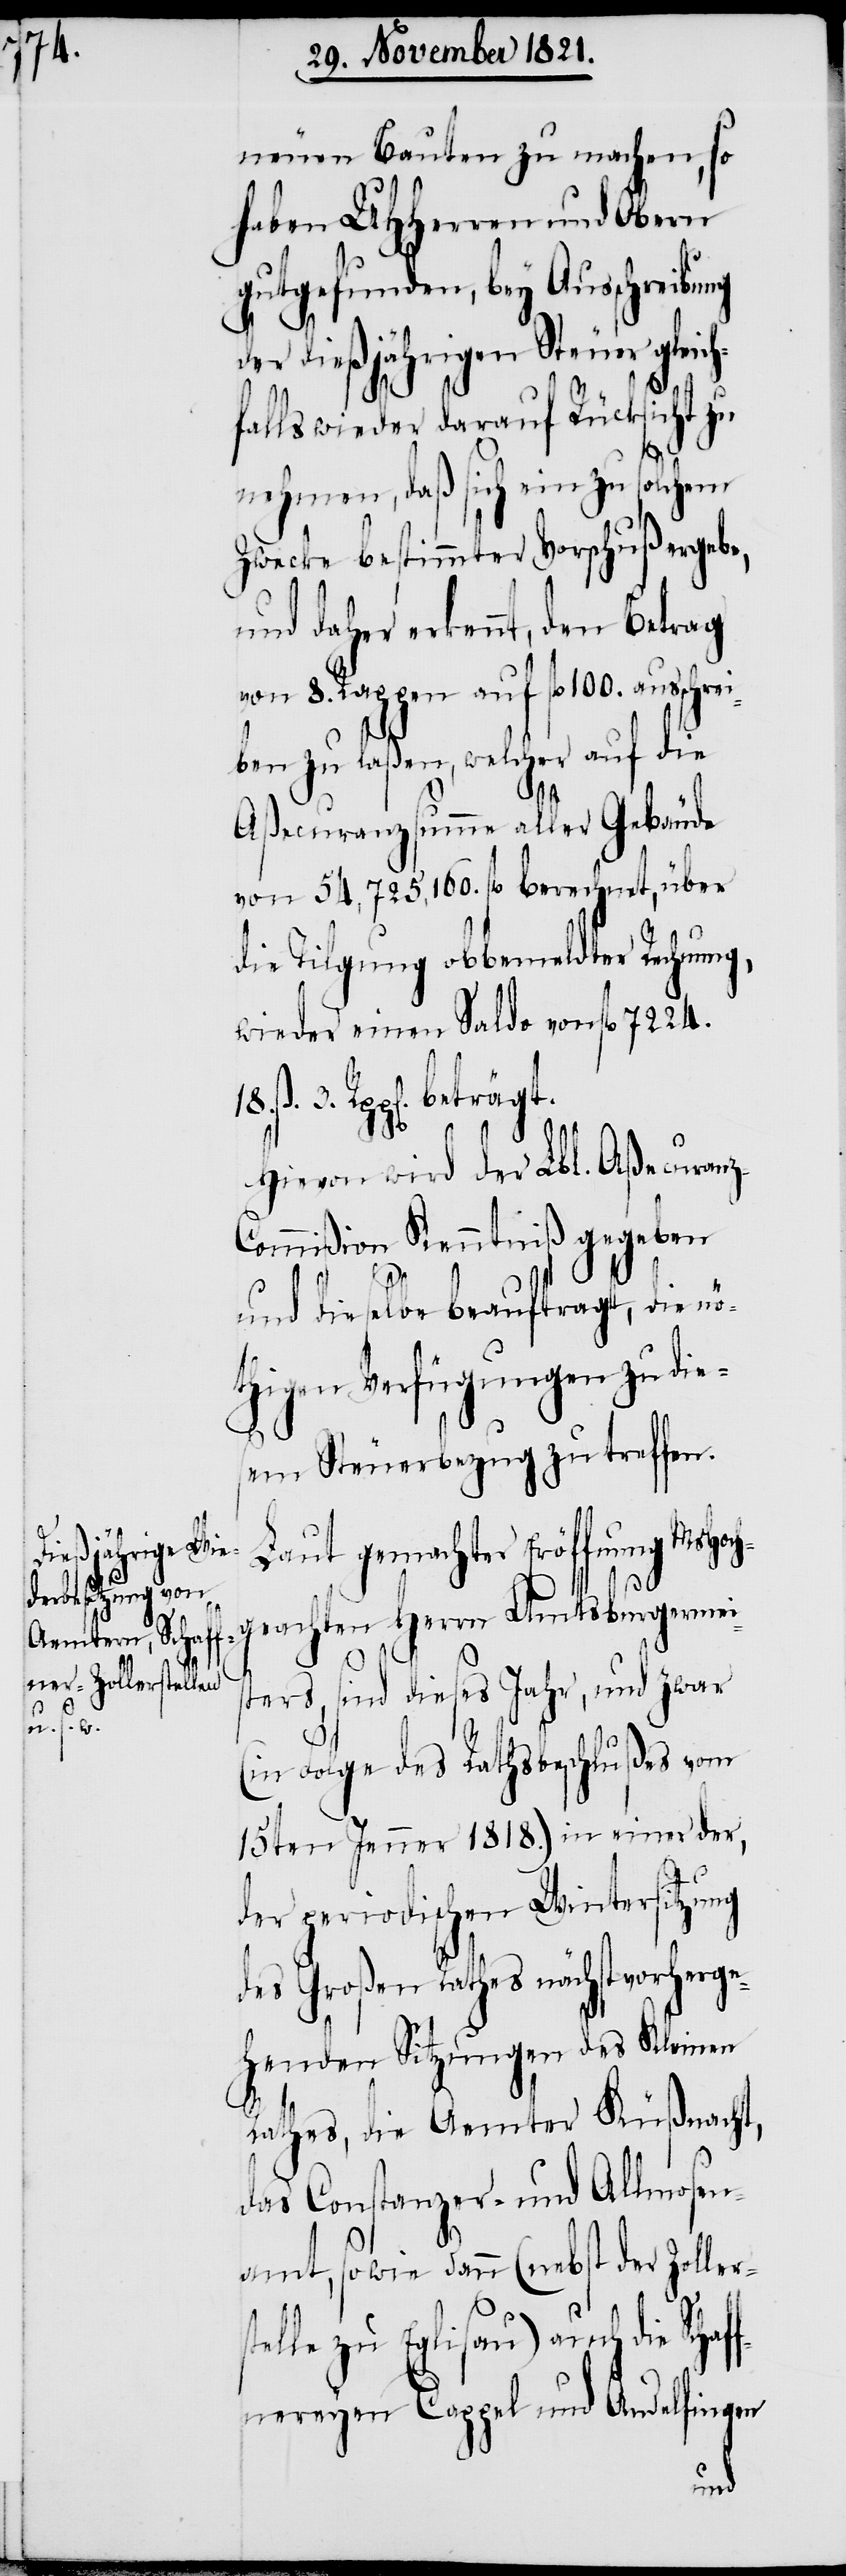
st¬
aff¬

neuen Bauten zu machen, so
haben UHHerren und Obern
gutgefunden, bey Ausschreib¬
der dießjährigen Steuer gleic¬
falls wieder darauf Rücksicht zu
nehmen, daß sich ein zu solchem
Zwecke bestimmter Vorschuß ergebe,
und daher erkennt, den Betrag
8. Rappen auf fl. 100. aus¬
ben zu laßen, welcher auf die
h¬
Aßecuranzsumme aller Gebäude
von 54,725,160. fl. berechnet, über
die Tilgung obbemeldter Rechnung,
wieder einen Saldo von fl. 7224.
3. Rpp[en]. beträgt.
Hievon wird der Lbl. Aßecura¬
ommißion Kenntniß gegeben
und dieselbe beauftragt, die nö¬
thigen Verfügungen zu dies¬
em Steuerbezug zu treffen.
Laut gemachter Eröffnung MsHo¬
geachten Herrn Amtsburgermeis¬
ters, sind dieses Jahr, und zwar
(in Folge des Rathsbeschlußes vom
15ten Jenner 1818.) in einer der,
der periodischen Wintersitzung
des Großen Rathes nächstvorherge¬
henden Sitzungen des Kleinen
Rathes, die Aemter Küßnacht,
das Constanzer- und Allmosen¬
amt, sowie dann (nebst der Zoller¬
elle zu Eglisau) auch die Sch¬
nereyen Cappel und Andelfingen
ung